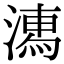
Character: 𣽉